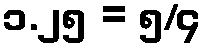
၁.၂၅ = ၅/၄